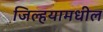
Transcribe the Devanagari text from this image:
जिल्हयामधील